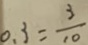
0 . 3 = \frac { 3 } { 1 0 }